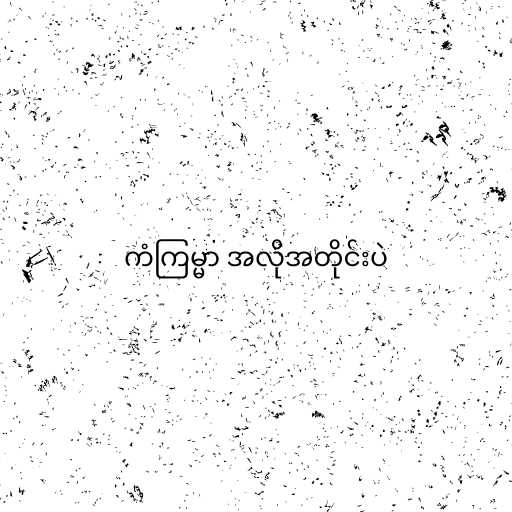
ကံကြမ္မာ အလိုအတိုင်းပဲ